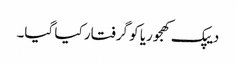
دیپک کھجوریا کو گرفتار کیا گیا۔